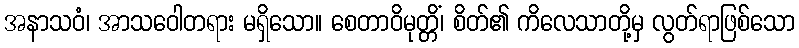
အနာသဝံ၊ အာသဝေါတရား မရှိသော။ စေတာဝိမုတ္တိံ၊ စိတ်၏ ကိလေသာတို့မှ လွတ်ရာဖြစ်သော